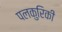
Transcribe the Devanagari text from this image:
पलकुरिकी